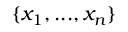
\{ x _ { 1 } , . . . , x _ { n } \}